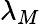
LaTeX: \lambda_{M}